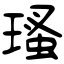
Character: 瑵